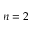
n = 2